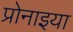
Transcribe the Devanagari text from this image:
प्रोनाइया